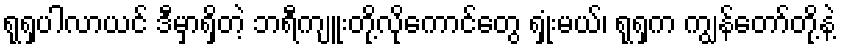
ရုရှပါလာယင် ဒီမှာရှိတဲ့ ဘရီကျူးတို့လိုကောင်တွေ ရှုံးမယ်၊ ရုရှက ကျွန်တော်တို့နဲ့